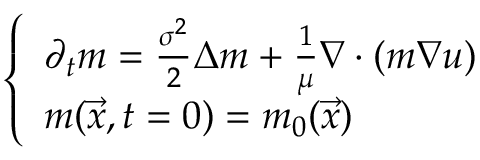
\left\{ \begin{array} { l l } { \partial _ { t } m = \frac { \sigma ^ { 2 } } { 2 } \Delta m + \frac { 1 } { \mu } \nabla \cdot ( m \nabla u ) } \\ { m ( \vec { x } , t = 0 ) = m _ { 0 } ( \vec { x } ) } \end{array} \right.